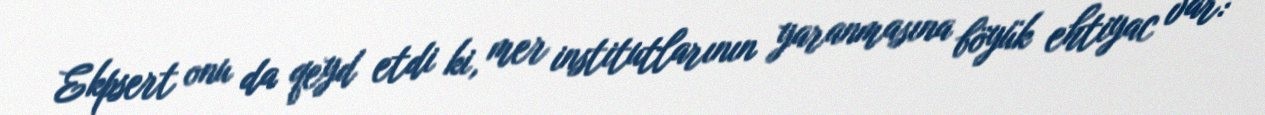
Ekpsert onu da qeyd etdi ki, mer institutlarının yaranmasına böyük ehtiyac var: